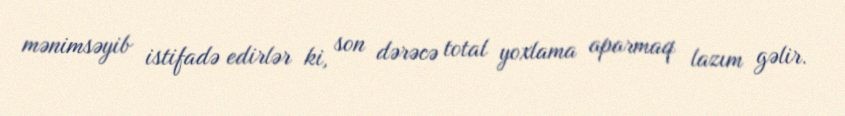
mənimsəyib istifadə edirlər ki, son dərəcə total yoxlama aparmaq lazım gəlir.